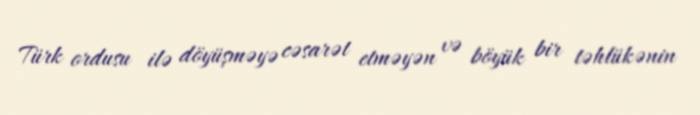
Türk ordusu ilə döyüşməyə cəsarət etməyən və böyük bir təhlükənin